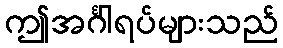
ဤအင်္ဂါရပ်များသည်